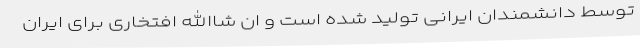
توسط دانشمندان ایرانی تولید شده است و ان شاالله افتخاری برای ایران